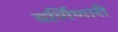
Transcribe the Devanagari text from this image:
वर्णिणारी